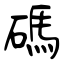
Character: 碼